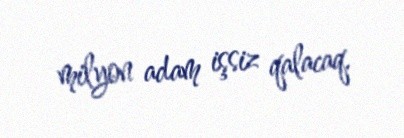
milyon adam işsiz qalacaq.